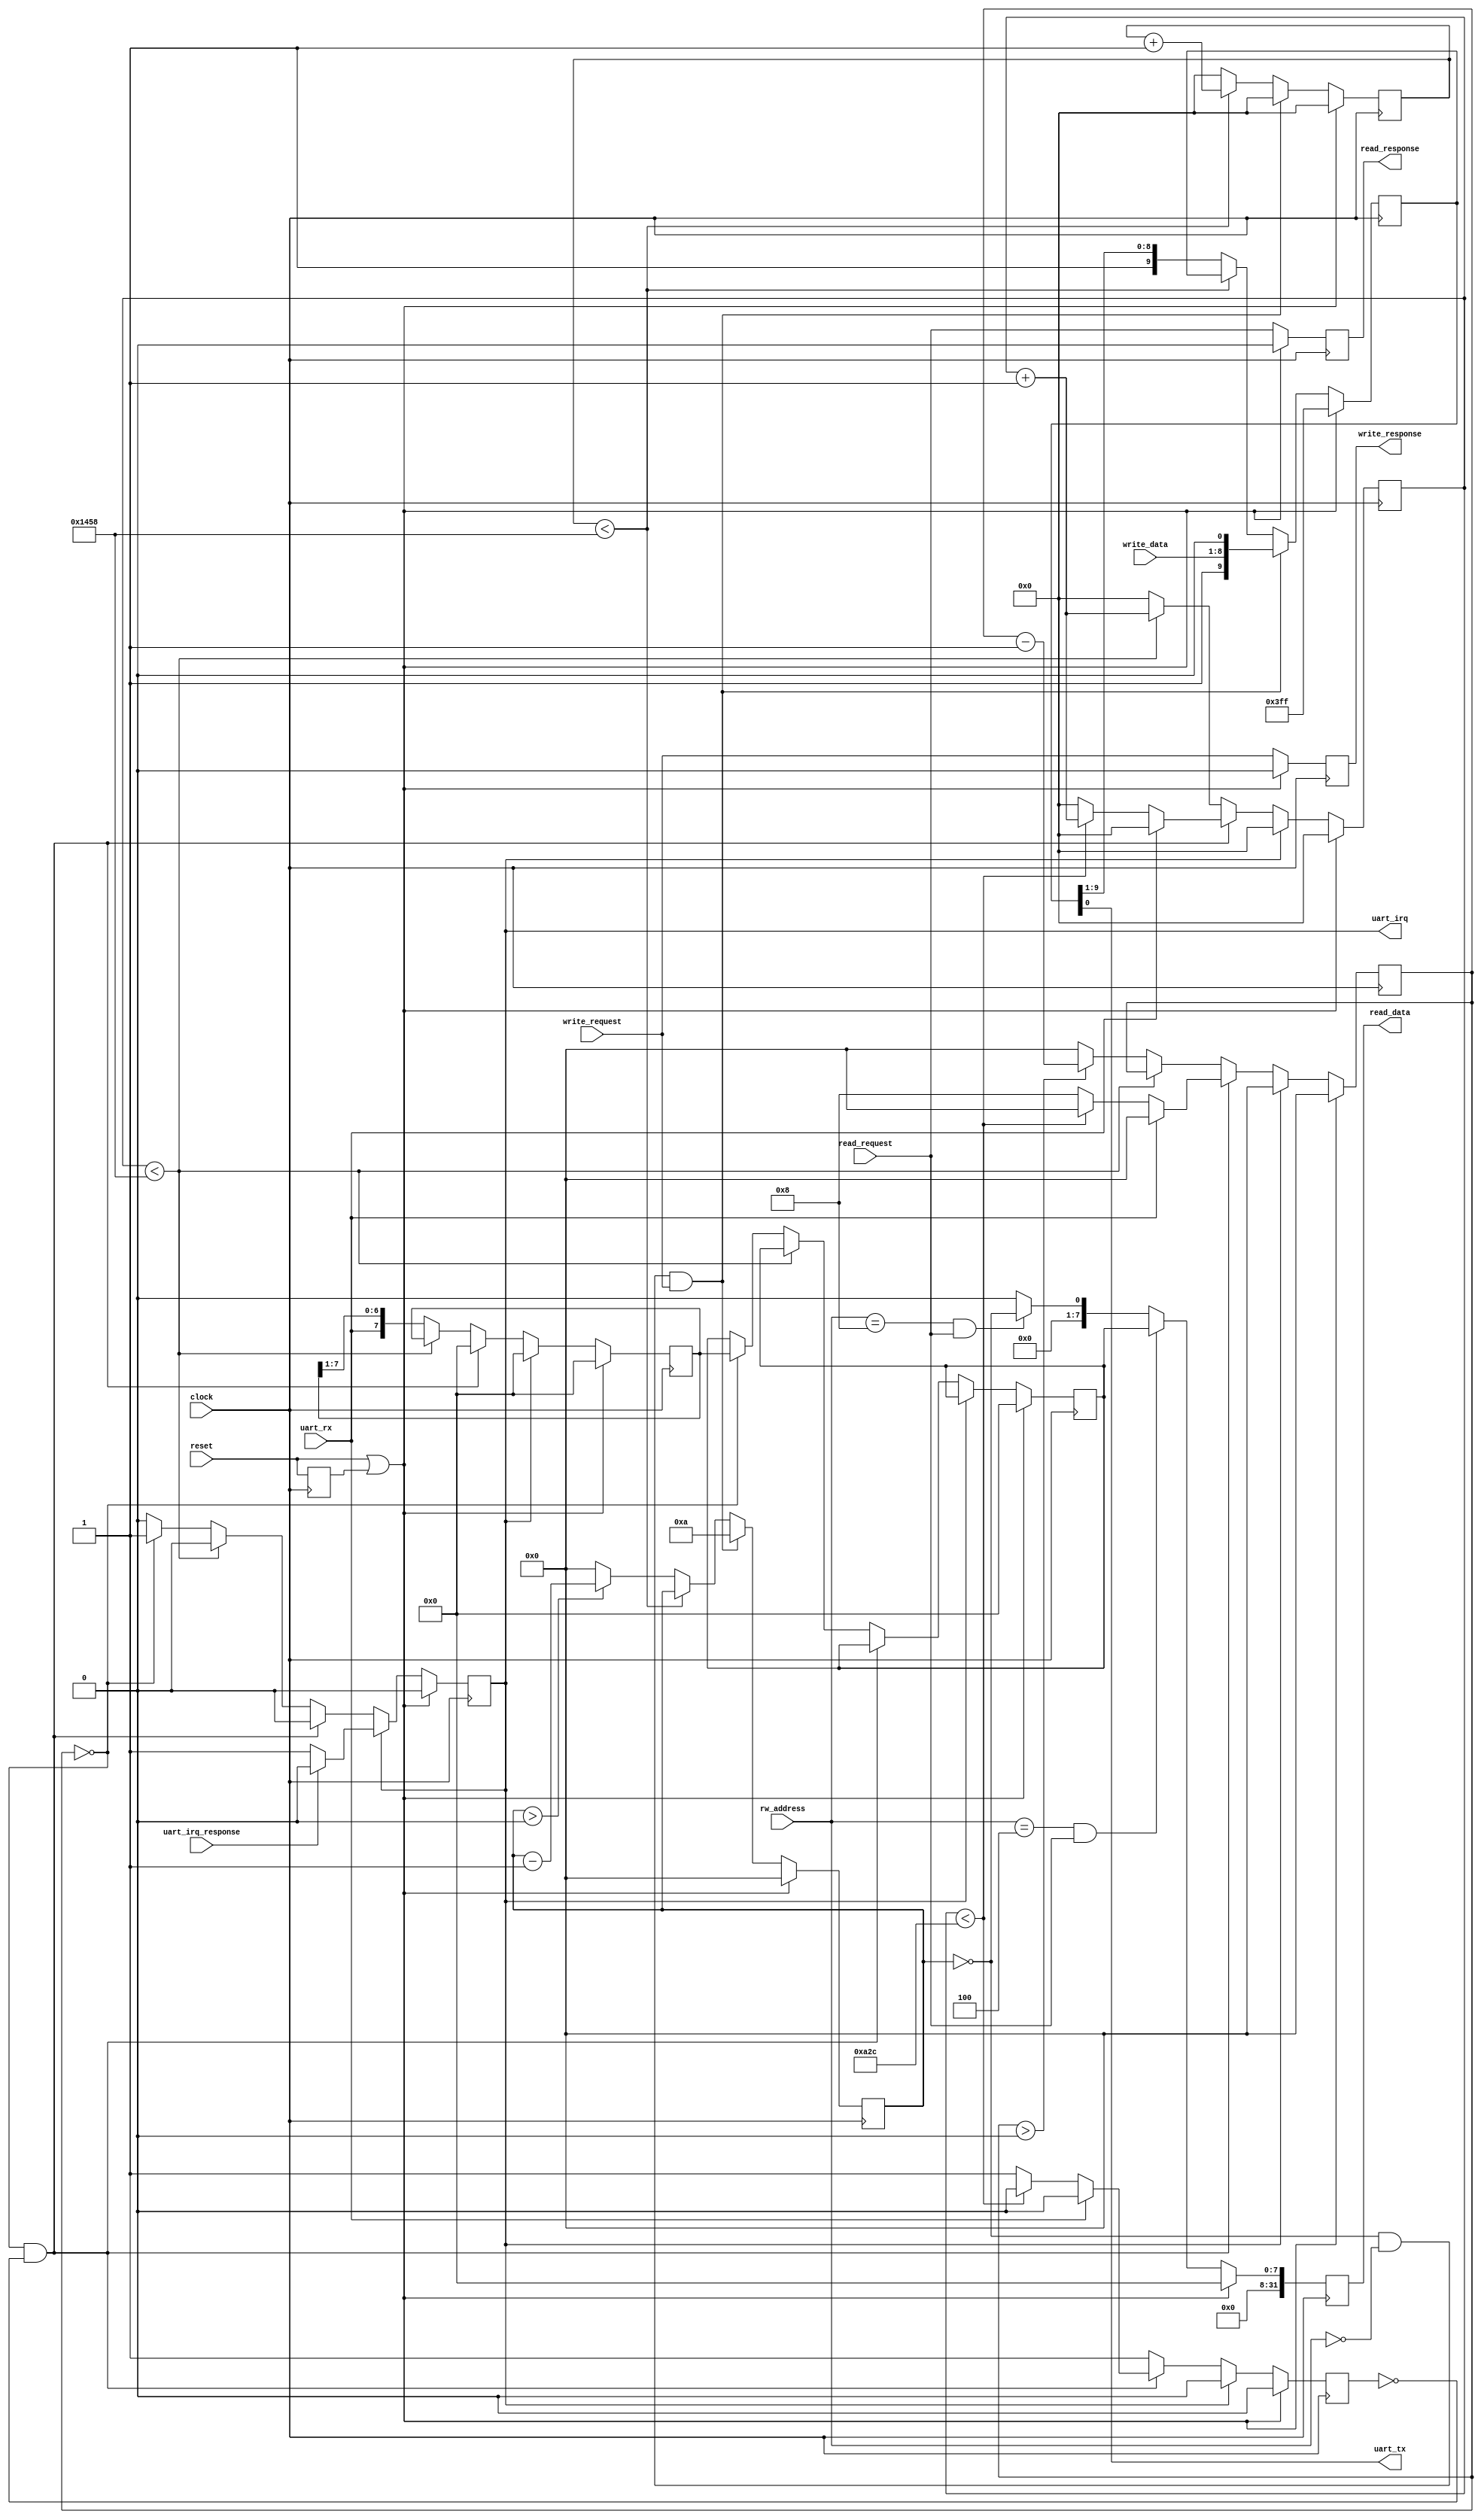
// ----------------------------------------------------------------------------
// Copyright (c) 2020-2024 RISC-V Steel contributors
//
// This work is licensed under the MIT License, see LICENSE file for details.
// SPDX-License-Identifier: MIT
// ----------------------------------------------------------------------------

module rvsteel_uart #(

  parameter CLOCK_FREQUENCY = 50000000,
  parameter UART_BAUD_RATE  = 9600

  )(

  // Global signals

  input   wire          clock,
  input   wire          reset,

  // IO interface

  input  wire   [4:0 ]  rw_address,
  output reg    [31:0]  read_data,
  input  wire           read_request,
  output reg            read_response,
  input  wire   [7:0]   write_data,
  input  wire           write_request,
  output reg            write_response,

  // RX/TX signals

  input   wire          uart_rx,
  output  wire          uart_tx,

  // Interrupt signaling

  output  reg           uart_irq,
  input   wire          uart_irq_response

  );

  localparam CYCLES_PER_BAUD = CLOCK_FREQUENCY / UART_BAUD_RATE;

  // Register Map
  localparam REG_WDATA = 5'h00;
  localparam REG_RDATA = 5'h04;
  localparam REG_READY = 5'h08;

  reg [31:0] tx_cycle_counter = 32'b0;
  reg [31:0] rx_cycle_counter = 32'b0;
  reg [3:0]  tx_bit_counter = 4'b0;
  reg [3:0]  rx_bit_counter = 4'b0;
  reg [9:0]  tx_register = 10'b1111111111;
  reg [7:0]  rx_register = 8'b0;
  reg [7:0]  rx_data = 8'b0;
  reg        rx_active = 1'b0;
  reg        reset_reg = 1'b0;

  wire       reset_internal;

  always @(posedge clock)
    reset_reg <= reset;

  assign reset_internal = reset | reset_reg;

  assign uart_tx = tx_register[0];

  always @(posedge clock) begin
    if (reset_internal) begin
      tx_cycle_counter <= 0;
      tx_register <= 10'b1111111111;
      tx_bit_counter <= 0;
    end
    else if (tx_bit_counter == 0 &&
             rw_address == REG_WDATA &&
             write_request == 1'b1) begin
      tx_cycle_counter <= 0;
      tx_register <= {1'b1, write_data[7:0], 1'b0};
      tx_bit_counter <= 10;
    end
    else begin
      if (tx_cycle_counter < CYCLES_PER_BAUD) begin
        tx_cycle_counter <= tx_cycle_counter + 1;
        tx_register <= tx_register;
        tx_bit_counter <= tx_bit_counter;
      end
      else begin
        tx_cycle_counter <= 0;
        tx_register <= {1'b1, tx_register[9:1]};
        tx_bit_counter <= tx_bit_counter > 0 ? tx_bit_counter - 1 : 0;
      end
    end
  end

  always @(posedge clock) begin
    if (reset_internal) begin
      rx_cycle_counter <= 0;
      rx_register <= 8'h00;
      rx_data <= 8'h00;
      rx_bit_counter <= 0;
      uart_irq <= 1'b0;
      rx_active <= 1'b0;
    end
    else if (uart_irq == 1'b1) begin
      if (uart_irq_response == 1'b1) begin
        rx_cycle_counter <= 0;
        rx_register <= 8'h00;
        rx_data <= rx_data;
        rx_bit_counter <= 0;
        uart_irq <= 1'b0;
        rx_active <= 1'b0;
      end
      else begin
        rx_cycle_counter <= 0;
        rx_register <= 8'h00;
        rx_data <= rx_data;
        rx_bit_counter <= 0;
        uart_irq <= 1'b1;
        rx_active <= 1'b0;
      end
    end
    else if (rx_bit_counter == 0 && rx_active == 1'b0) begin
      if (uart_rx == 1'b1) begin
        rx_cycle_counter <= 0;
        rx_register <= 8'h00;
        rx_data <= rx_data;
        rx_bit_counter <= 0;
        uart_irq <= 1'b0;
        rx_active <= 1'b0;
      end
      else if (uart_rx == 1'b0) begin
        if (rx_cycle_counter < CYCLES_PER_BAUD / 2) begin
          rx_cycle_counter <= rx_cycle_counter + 1;
          rx_register <= 8'h00;
          rx_data <= rx_data;
          rx_bit_counter <= 0;
          uart_irq <= 1'b0;
          rx_active <= 1'b0;
        end
        else begin
          rx_cycle_counter <= 0;
          rx_register <= 8'h00;
          rx_data <= rx_data;
          rx_bit_counter <= 8;
          uart_irq <= 1'b0;
          rx_active <= 1'b1;
        end
      end
    end
    else begin
      if (rx_cycle_counter < CYCLES_PER_BAUD) begin
        rx_cycle_counter <= rx_cycle_counter + 1;
        rx_register <= rx_register;
        rx_data <= rx_data;
        rx_bit_counter <= rx_bit_counter;
        uart_irq <= 1'b0;
        rx_active <= 1'b1;
      end
      else begin
        rx_cycle_counter <= 0;
        rx_register <= {uart_rx, rx_register[7:1]};
        rx_data <= (rx_bit_counter == 0) ? rx_register : rx_data;
        rx_bit_counter <= rx_bit_counter > 0 ? rx_bit_counter - 1 : 0;
        uart_irq <= (rx_bit_counter == 0) ? 1'b1 : 1'b0;
        rx_active <= 1'b1;
      end
    end
  end

  always @(posedge clock) begin
    if (reset_internal) begin
      read_response  <= 1'b0;
      write_response <= 1'b0;
    end
    else begin
      read_response  <= read_request;
      write_response <= write_request;
    end
  end

  always @(posedge clock) begin
    if (reset_internal)
      read_data <= 32'h00000000;
    else if (rw_address == REG_RDATA && read_request == 1'b1)
      read_data <= {24'b0, rx_data};
    else if (rw_address == REG_READY && read_request == 1'b1)
      read_data <= {31'b0, tx_bit_counter == 0};
    else
      read_data <= 32'h00000000;
  end

endmodule